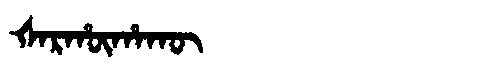
Manchu: ᡧᠠᡵᡥᡡᡥᠠᡴᡡ
Romanization: ŠARHŪHAKŪ